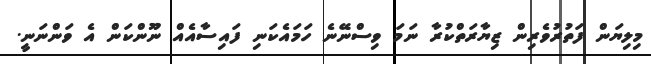
މިލިޔަން ފަތުރުވެރިން ޒިޔާރަތްކުރާ ނަމަ ވިސްނޭނެ ހަމައެކަނި ފައިސާއެއް ނޫންކަން އެ ވަންނަނީ.